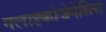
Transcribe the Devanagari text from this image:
गलाइकोजेनेसिस